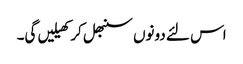
اس لئے دونوں سنبھل کر کھیلیں گی۔